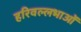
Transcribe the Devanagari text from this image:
हरिवल्लभाओं